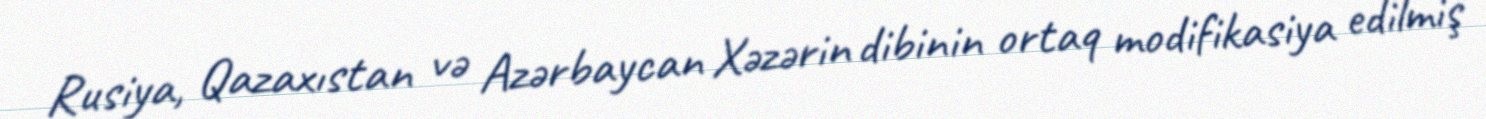
Rusiya, Qazaxıstan və Azərbaycan Xəzərin dibinin ortaq modifikasiya edilmiş